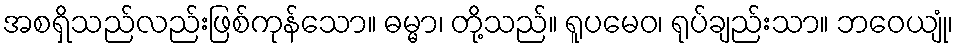
အစရှိသည်လည်းဖြစ်ကုန်သော။ ဓမ္မာ၊ တို့သည်။ ရူပမေဝ၊ ရုပ်ချည်းသာ။ ဘဝေယျုံ၊